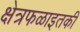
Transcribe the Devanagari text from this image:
क्षेत्रफळाइतकी